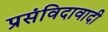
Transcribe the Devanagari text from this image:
प्रसंविदावादी